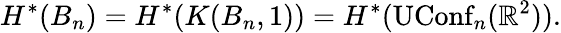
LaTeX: H^{*}(B_{n})=H^{*}(K(B_{n},1))=H^{*}(\operatorname{UConf}_{n}(\mathbb{R}^{2})).